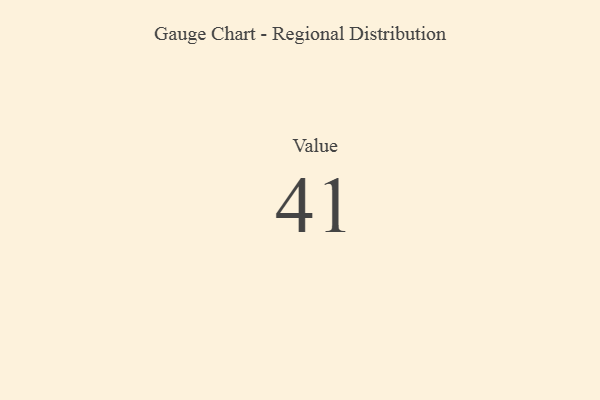
{"axis": {"x": "Metric", "y": "Value"}, "legend": [""], "data": [{"x": "Value", "y": 41, "type": ""}]}